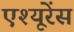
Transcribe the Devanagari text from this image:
एश्यूरेंस